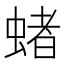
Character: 蝫